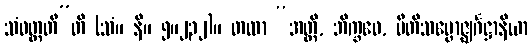
သံဝတ္တတီ”တိ (သံ။ နိ။ ၅။၂၃၂)။ တထာ “အတ္ထိ, ဘိက္ခဝေ, ပီတိသမ္ဗောဇ္ဈင်္ဂဋ္ဌာနိယာ